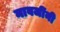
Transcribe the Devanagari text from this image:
नावजींनी